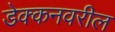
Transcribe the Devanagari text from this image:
डेक्कनवरील